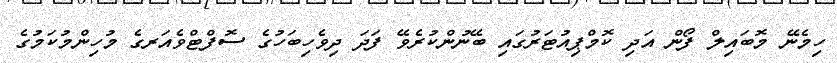
ހިމެނޭ މޮބައިލް ފޯން އަދި ކޮމްޕިއުޓަރުގައި ބޭނުންކުރެވޭ ފަދަ ދިވެހިބަހުގެ ސޮފްޓްވެއަރގެ މުހިންމުކަމުގެ